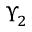
\Upsilon _ { 2 }